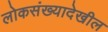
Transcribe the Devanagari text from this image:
लोकसंख्यादेखील